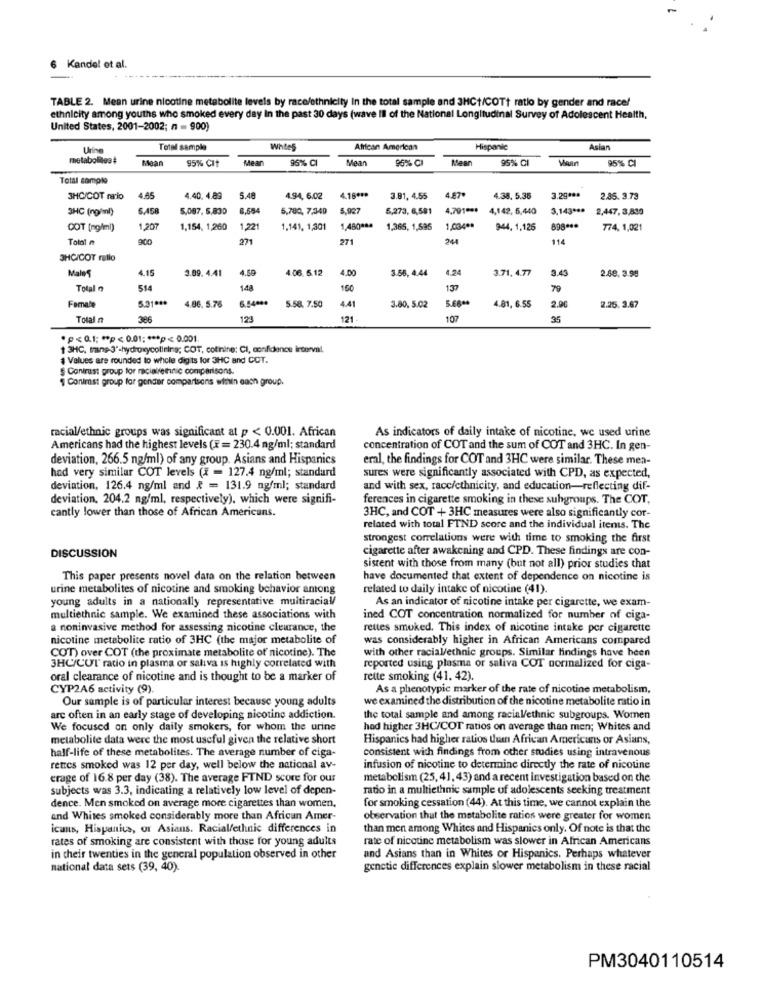
Kandel et al.
TABLE 2. Mean urine nicotine metabolite levels by race/ethnicity in the total sample and 3HCt/COTt ratio by gender and race!
ethnicity among youths who smoked every day In the past 30 days (wave Ill of the National Longitudinal Survey of Adolescent Health,
United States, 2001-2002; n = 900)
Urine
Total sample
Whtes
African American
Hispanic
Asian
metabolilos#
Mean
95% CIt
Mear
96% CI
Mean
95% CI
Mean
95% CI
95% CI
Total comple
3HC/COT raio
4.85
4.40. 4.89
5.48
4.94, 6.02
4.16 ***
3.81, 4.55
4.67.
4.38. 5.35
3.29 ***
2.85. 3.73
3HC (ng/ml)
6.458
5,087. 5,830
8.684
5,780, 7,349
5.927
5,273, 6,581
4,791 ***
4,142, 5,440
3,143 ***
2,447, 3,830
COT (ng/ml)
1,207
1,154, 1,260
1,22
1.141, 1,301
1,480 ***
1,365, 1,595
1,034 **
944, 1,125
898 ***
774, 1,021
Tolol ₼
900
271
271
114
3HCICOT rallo
Male'S
4.15
3.09.4.41
4.59
4.06. 5.12
4.00
3.56, 4.44
4.24
3.71.4.77
3.43
2.88, 3.99
Total
514
148
150
137
5.31 ***
5.68 **
Formate
4.06. 5.76
5.58, 7.50
4.41
3.80, 5.02
4.81, 6.55
2.9€
2.25. 3.67
Total n
386
123
121
107
35
*p<0.1; ** p< 0,01 :*** p< 0.001
1 3HC, tang-3'-hydroxycoliring; COT, colinine: CI, confidence interval.
1 Values are rounded to whole digits for 3HC and COT.
$ Conirust group for racialfethnic comparisons.
Conimst group for gender comparisons winin each group.
racial/ethnic groups was significant at p < 0.001. African
As indicators of daily intake of nicotine, we used urine
Americans had the highest levels (F= 230.4 ng/ml; standard
concentration of COT and the sum of COT and 3HC. In gen-
deviation, 266.5 ng/ml) of any group. Asians and Hispanics
eral, the findings for COT and 3HC were similar. These men-
had very similar COT levels (x = 127.4 ng/ml; standurd
sures were significantly associated with CPD, as expected,
deviation, 126.4 ng/ml and & = 131.9 ng/ml; standard
and with sex, racc/ethnicity, and education-reflecting dif-
deviation, 204.2 ng/ml, respectively), which were signifi-
ferences in cigarette smoking in these subgroups. The COT.
cantly lower than those of African Americans.
3HC, and COT + 3HC measures were also significantly cor-
related with total FTND score and the individual items. The
strongest correlations were with time to smoking the first
cigarette after awakening and CPD. These findings are con-
DISCUSSION
sisrent with those from many (but not all) prior studies that
This paper presents novel data on the relation between
have documented that extent of dependence on nicotine is
urine metabolites of nicotine and smoking behavior among
related to daily intake of nicotine (41).
young adults in a nationally representative multiracial/
As an indicator of nicotine intake per cigarette, we exam-
multiethnic sample. We examined these associations with
ined COT concentration normalized for number of ciga-
a noninvasive method for assessing nicotine clearance, the
rettes smoked. This index of nicotine intake per cigarette
nicotine metabolite ratio of 3HC (the major metabolite of
was considerably higher in African Americans compared
with other racial/ethnic groups. Similar findings have been
COT) over COT (the proximate metabolite of nicotine). The
3HC/CUT" ratio in plasma or saliva is highly correlated with
reported using plasma or saliva COT normalized for ciga-
oral clearance of nicotine and is thought to be a marker of
rette smoking (41. 42).
CYP2A6 activity (9)
As a phenotypic marker of the rate of nicotine metabolism,
Our sample is of particular interest because young adults
we examined the distribution of the nicotine metabolite ratio in
arc often in an early stage of developing nicotine addiction.
the total sample and among racial/ethnic subgroups. Women
We focused on only daily smokers, for whom the urine
had higher 3HC/COT ratios on average than men; Whites and
metabolite data were the most useful given the relative short
Hispanics had higher ratios than African Americans or Asians,
consistent with findings from other studies using intravenous
half-life of these metabolites. The average number of ciga-
retres smoked was 12 per day, well below the national av-
infusion of nicotine to determine directly the rate of nicotine
erage of 16.8 per day (38). The average FTND score for our
metabolism (25, 41,43) and a recent investigation based on the
subjects was 3.3, indicating a relatively low level of depen-
ratio in a multiethnic sample of adolescents seeking treatment
dence. Men smoked on average more cigarettes than women,
for smoking cessation (44). At this time, we cannot explain the
and Whites smoked considerably more than African Amer-
observation that the metabolite ratios were greater for women
icans, Hispanics, or Asians. Racial/ethnic differences in
than men among Whites and Hispanics only. Of note is that the
rates of smoking are consistent with those for young adults
rate of nicotine metabolism was slower in African Americans
in cheir twenties in the general population observed in other
and Asians than in Whites or Hispanics. Perhaps whatever
national data sets (39, 40).
genetic differences explain slower metabolism in these racial
PM3040110514